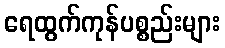
ရေထွက်ကုန်ပစ္စည်းများ